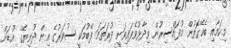
މިކަމާއި ބެހޭގޮތުން މުފައްސިރުން ވިދާޅުވެފައިވަނީ ފުރަތަމަ ފޭބުމަކީ ސުވަރުގެ އިން ދުނިޔޭގެ އުޑަށް